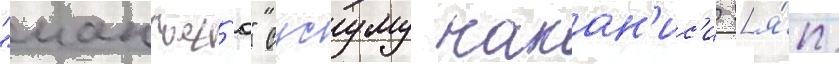
"манъес'ю" сусуму накан'ис'и [я́п.